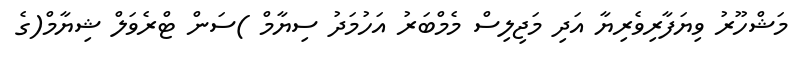
މަޝްހޫރު ވިޔަފާރިވެރިޔާ އަދި މަޖިލިސް މެމްބަރު އަހުމަދު ސިޔާމް )ސަން ޓްރެވަލް ޝިޔާމް(ގެ